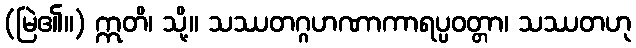
(မြဲ၏။) ဣတိ၊ သို့။ သဿတဂ္ဂဟဏာကာရပ္ပဝတ္တာ၊ သဿတဟု